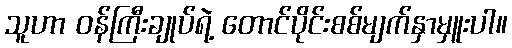
သူဟာ ဝန်ကြီးချုပ်ရဲ့ တောင်ပိုင်းစစ်မျက်နှာမှူးပါ။